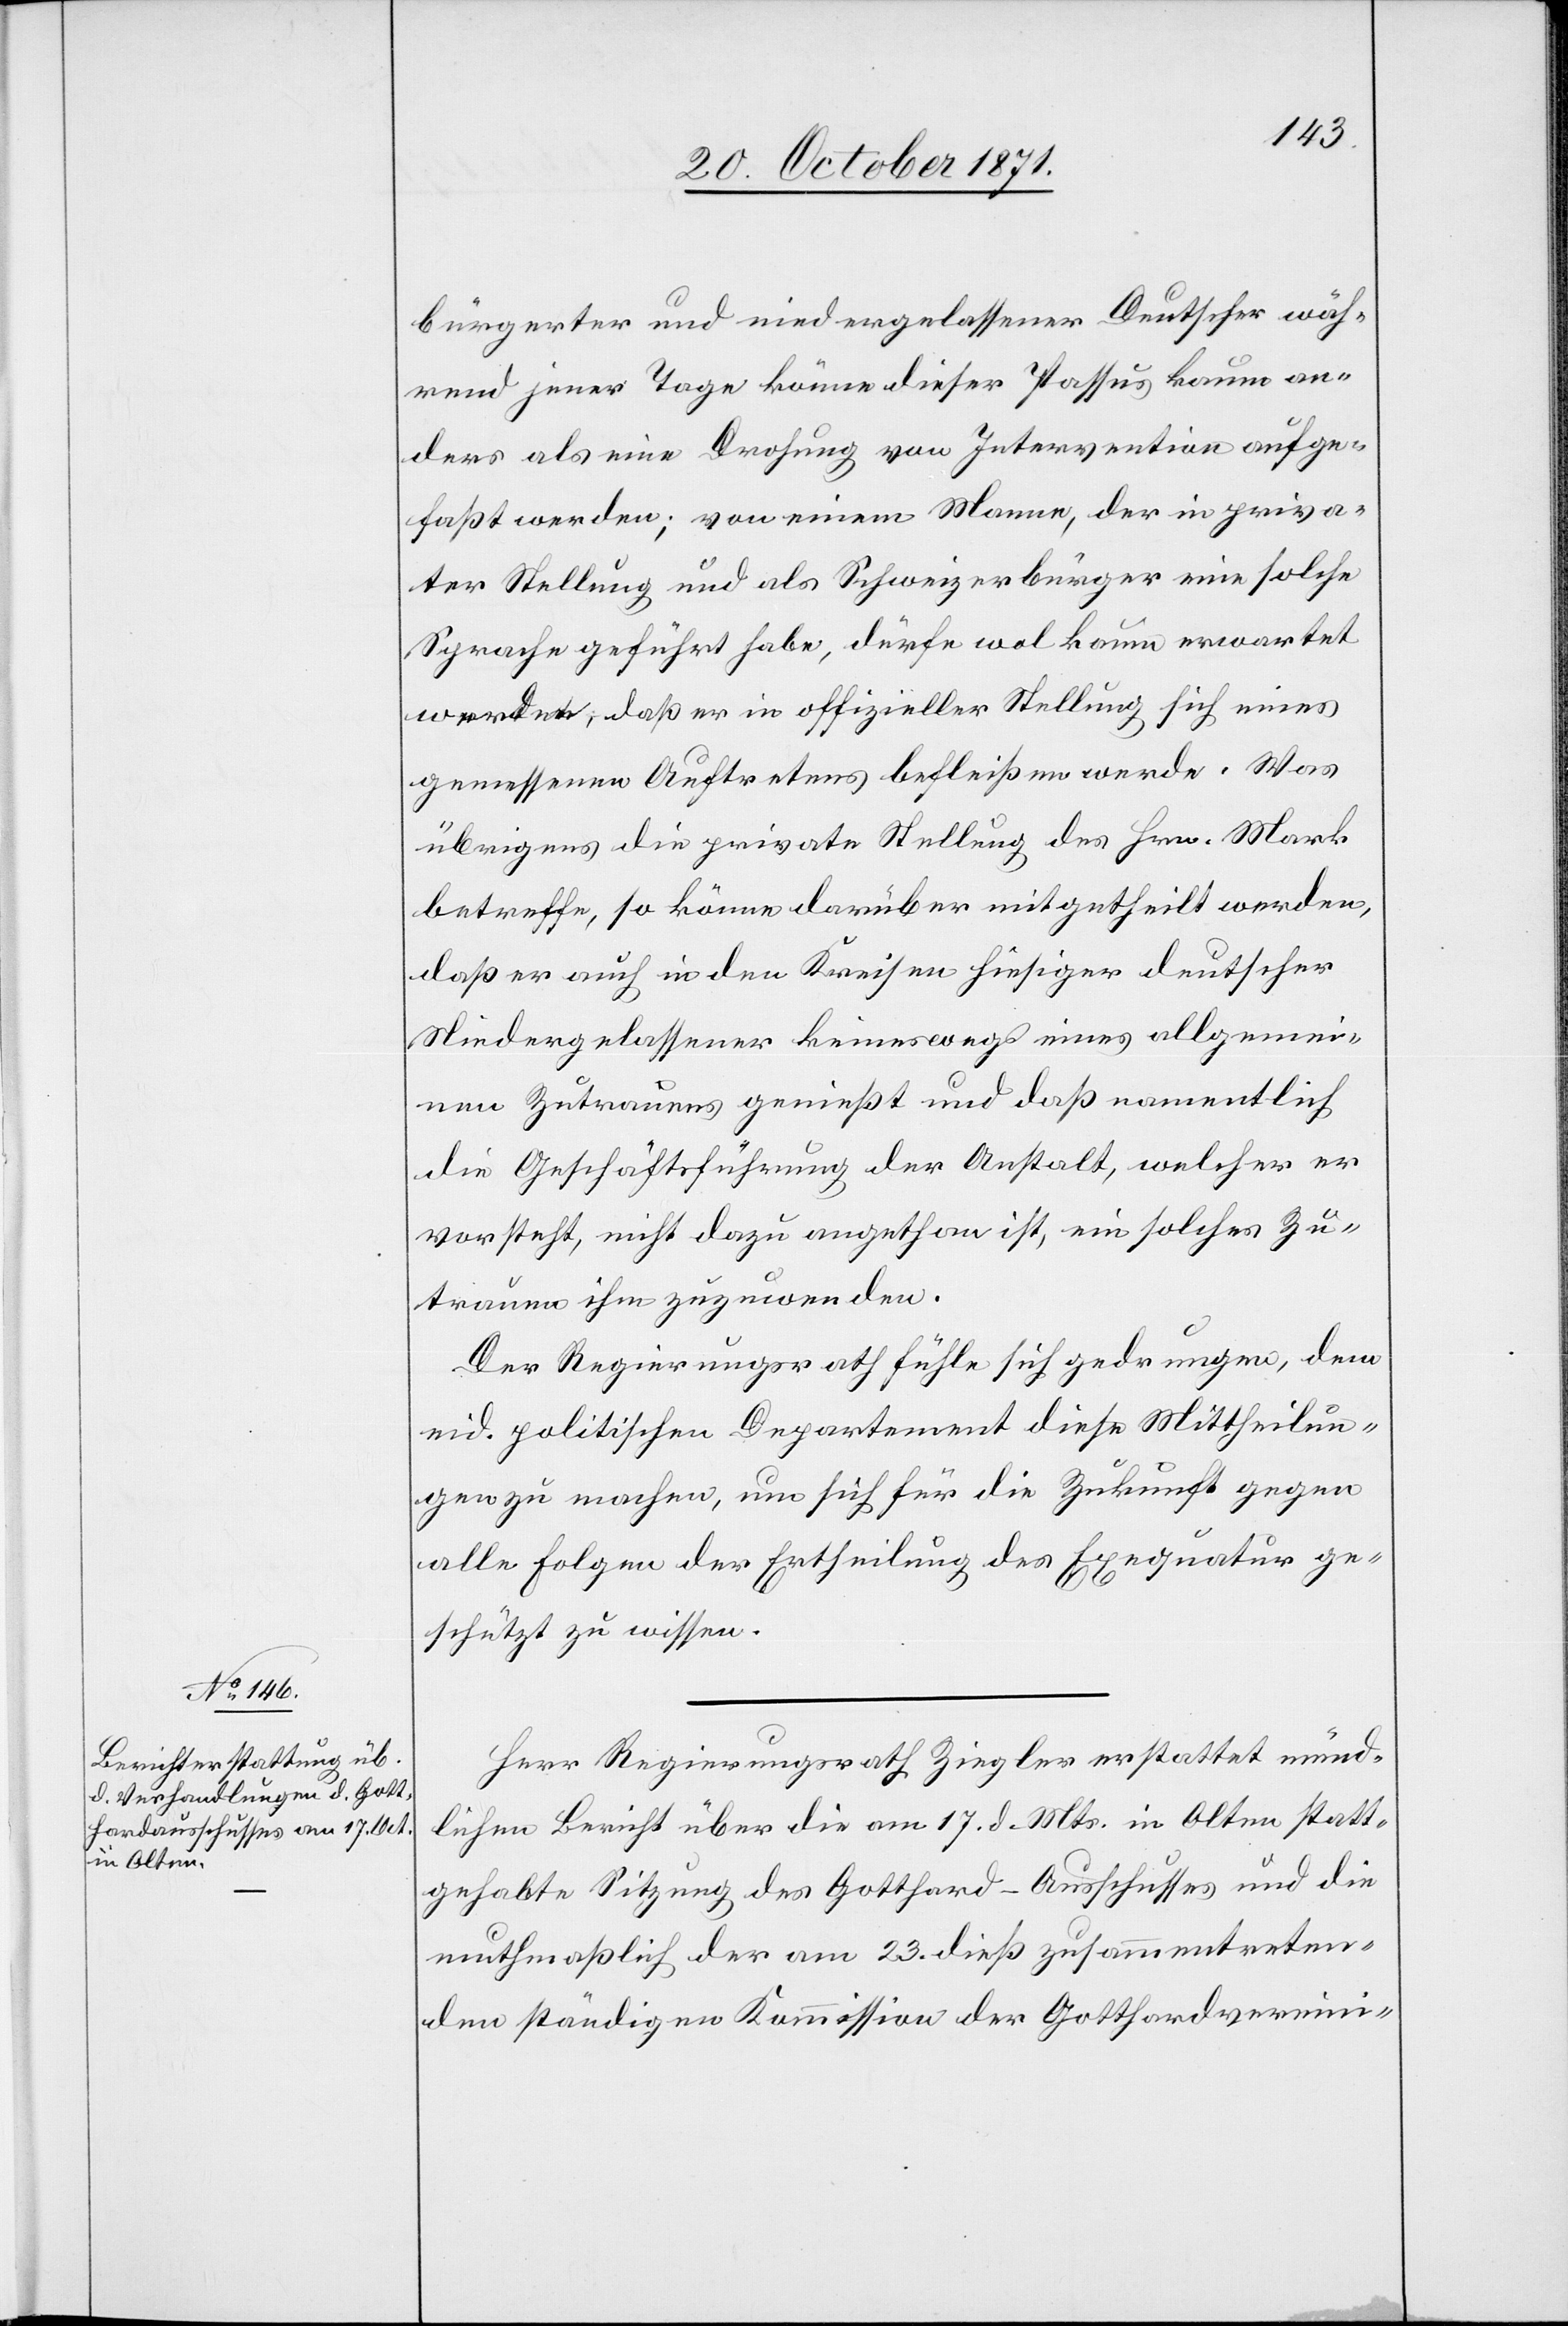
bürgerter und niedergelassenen Deutscher wäh¬
rend jener Tage könne dieser Passus kaum an¬
ders als eine Drohung von Intervention aufge¬
fasst werden; von einem Manne, der in priva¬
ter Stellung und als Schweizerbürger eine solche
Sprache geführt habe, dürfe wol kaum erwartet
werden, daß er in offizieller Stellung sich eines
gemessenen Auftretens befleißen werde. Was
übrigens die private Stellung des Hrn. Mark
betreffe, so könne darüber mitgetheilt werden,
daß er auch in den Kreisen hiesiger deutscher
Niedergelassener keineswegs eines allgemei¬
nen Zutrauens genießt und daß namentlich
die Geschäftsführung der Anstalt, welcher er
vorsteht, nicht dazu angethan ist, ein solches Zu¬
trauen ihm zuzuwenden.
Der Regierungsrath fühle sich gedrungen, dem
eid. politischen Departement diese Mittheilun¬
gen zu machen, um sich für die Zukunft gegen
alle Folgen der Ertheilung der Exequatur ge¬
schützt zu wissen.
Herr Regierungsrath Ziegler erstattet münd¬
lichen Bericht über die am 17. d. Mts. in Olten statt¬
gehabte Sitzung des Gotthard-Ausschusses und die
muthmaßlich der am 23. dieß zusammentreten¬
den ständigen Kommission der Gotthardvereini-